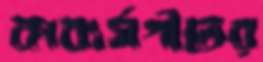
কাব্যর্সগীতের